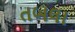
તબલા